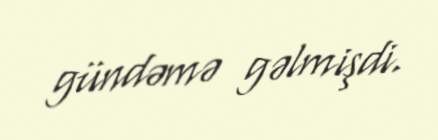
gündəmə gəlmişdi.